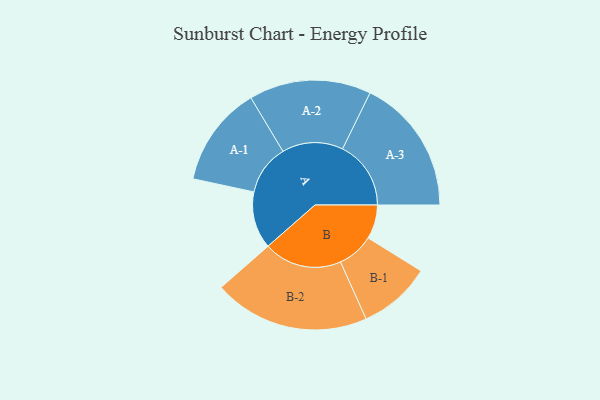
{"axis": {"x": "Segment", "y": "Value"}, "legend": ["", "A", "B"], "data": [{"x": "A", "y": 218, "type": ""}, {"x": "B", "y": 130, "type": ""}, {"x": "A-1", "y": 192, "type": "A"}, {"x": "A-2", "y": 233, "type": "A"}, {"x": "A-3", "y": 261, "type": "A"}, {"x": "B-1", "y": 139, "type": "B"}, {"x": "B-2", "y": 298, "type": "B"}]}